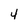
Character: 4